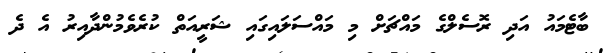
ބާޓެމައު އަދި ރޮސެލްގެ މައްޗަށް މި މައްސަލައިގައި ޝަރީއަތް ކުރެވެމުންދާއިރު އެ ދެ